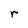
Character: r